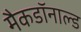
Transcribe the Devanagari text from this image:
मैकडॉनाल्ड